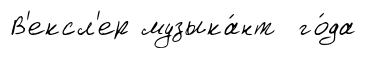
В'ексл'ер музыка́нт го́да